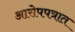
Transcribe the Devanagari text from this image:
आरोपपत्रात